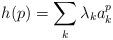
LaTeX: \begin{align*}h(p) = \sum_k \lambda_ka_k^p\end{align*}